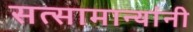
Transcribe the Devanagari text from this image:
सत्सामान्यांनी